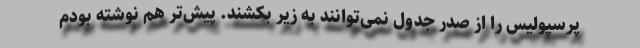
پرسپولیس را از صدر جدول نمی‌توانند به زیر بکشند. پیش‌تر هم نوشته بودم